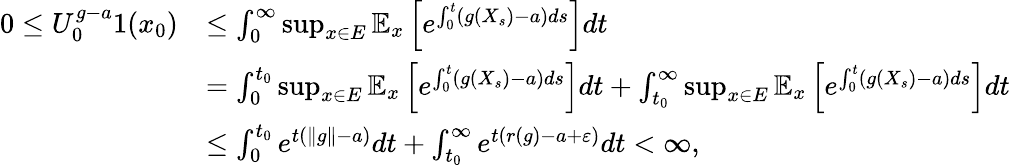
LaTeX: \begin{array}{rl}{0\leq U_{0}^{g-a}1(x_{0})}&{\leq\int_{0}^{\infty}\operatorname*{sup}_{x\in E}\mathbb{E}_{x}\left[e^{\int_{0}^{t}(g(X_{s})-a)ds}\right]dt}\\ &{=\int_{0}^{t_{0}}\operatorname*{sup}_{x\in E}\mathbb{E}_{x}\left[e^{\int_{0}^{t}(g(X_{s})-a)ds}\right]dt+\int_{t_{0}}^{\infty}\operatorname*{sup}_{x\in E}\mathbb{E}_{x}\left[e^{\int_{0}^{t}(g(X_{s})-a)ds}\right]dt}\\ &{\leq\int_{0}^{t_{0}}e^{t(\Vert g\Vert-a)}dt+\int_{t_{0}}^{\infty}e^{t(r(g)-a+\varepsilon)}dt<\infty,}\end{array}